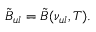
\tilde { B } _ { u l } = \tilde { B } ( \nu _ { u l } , T ) .